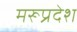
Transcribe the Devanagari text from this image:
मरूप्रदेश